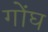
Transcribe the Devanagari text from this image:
गोंघ